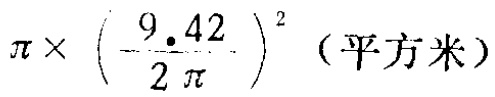
$\pi\times\left(\frac{9.42}{2\pi}\right)^2$（平方米）